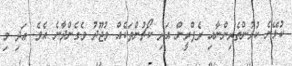
ކުޅޭނެ ކުޅުންތެރިންނާއި ރެފްރީން އަދި ކޯޗުންތަކެއް ވުޖޫދު ވެގެންދާނެ އެވެ. އަދި މި